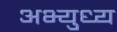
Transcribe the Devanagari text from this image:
अभ्युध्य